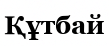
Құтбай